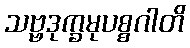
သဗ္ဗဒုက္ခမုပစ္စဂါတိ